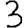
Digit: 3